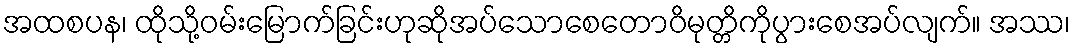
အထစပန၊ ထိုသို့ဝမ်းမြောက်ခြင်းဟုဆိုအပ်သောစေတောဝိမုတ္တိကိုပွားစေအပ်လျက်။ အဿ၊